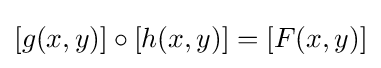
[g(x,y)]\circ [h(x,y)]=[F(x,y)]